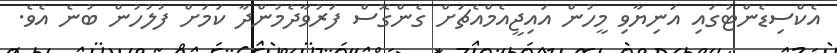
އެކްސިޑެންޓުގައި އަނިޔާވި މީހުން އައިޖީއެމްއެޗަށް ގެންގޮސް ފަރުވާދެމުންދާ ކަމަށް ފުލުހުން ބުނެ އެވެ.